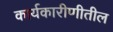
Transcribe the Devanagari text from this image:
कार्यकारीणीतील